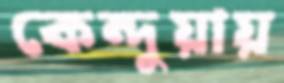
কেন্দুয়ায়